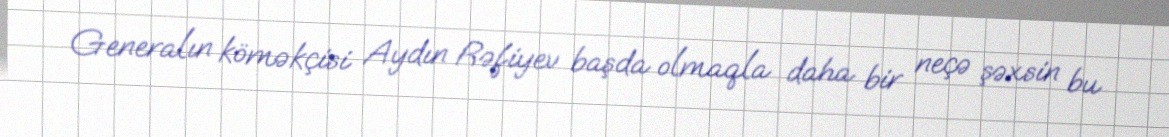
Generalın köməkçisi Aydın Rəfiyev başda olmaqla daha bir neçə şəxsin bu